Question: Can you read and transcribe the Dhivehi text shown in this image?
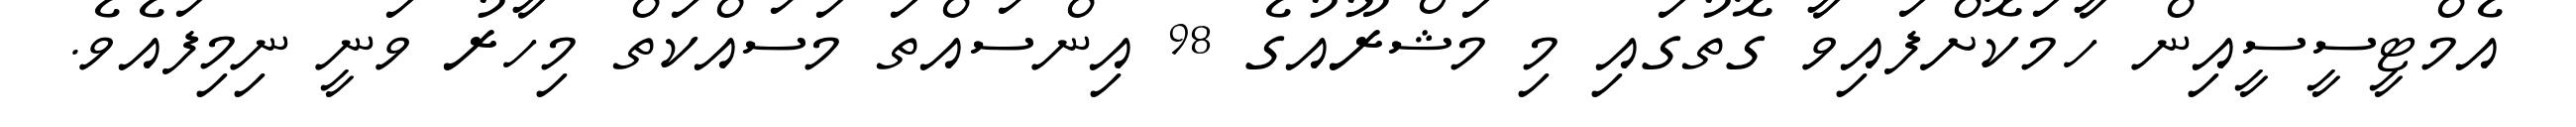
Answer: އެމްޓީސީސީއިން ހާމަކޮށްފައިވާ ގޮތުގައި މި މަޝްރޫއުގެ 98 އިންސައްތަ މަސައްކަތް މިހާރު ވަނީ ނިމިފައެވެ.